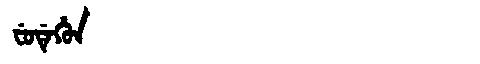
Manchu: ᠸᡠᡩᡝᡥᡠᠨ
Romanization: FUDEHUN